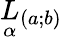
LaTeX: \underset{\alpha}{L}{}_{(a;b)}